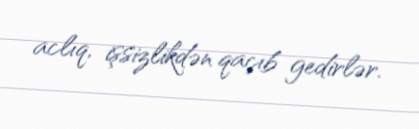
aclıq, işsizlikdən qaçıb gedirlər.